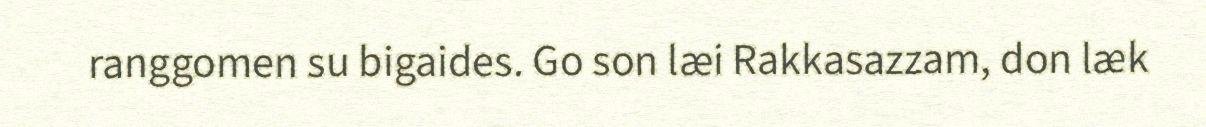
ranggomen su bigaides. Go son læi Rakkasazzam, don læk